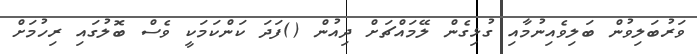
ވަރުބަލިވުން ބަލިވެއިނުމާއި ގުޅިގެން ލޭމައްޗަށް ދިއުން ()ފަދަ ކަންކަމަކީ ވެސް ބޮލުގައި ރިހުމަށް